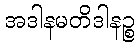
အဒါနမတိဒါနဉ္စ